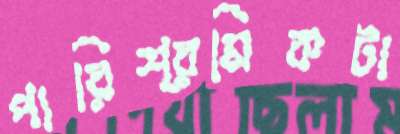
পারিশ্রমিকটা